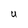
Character: U